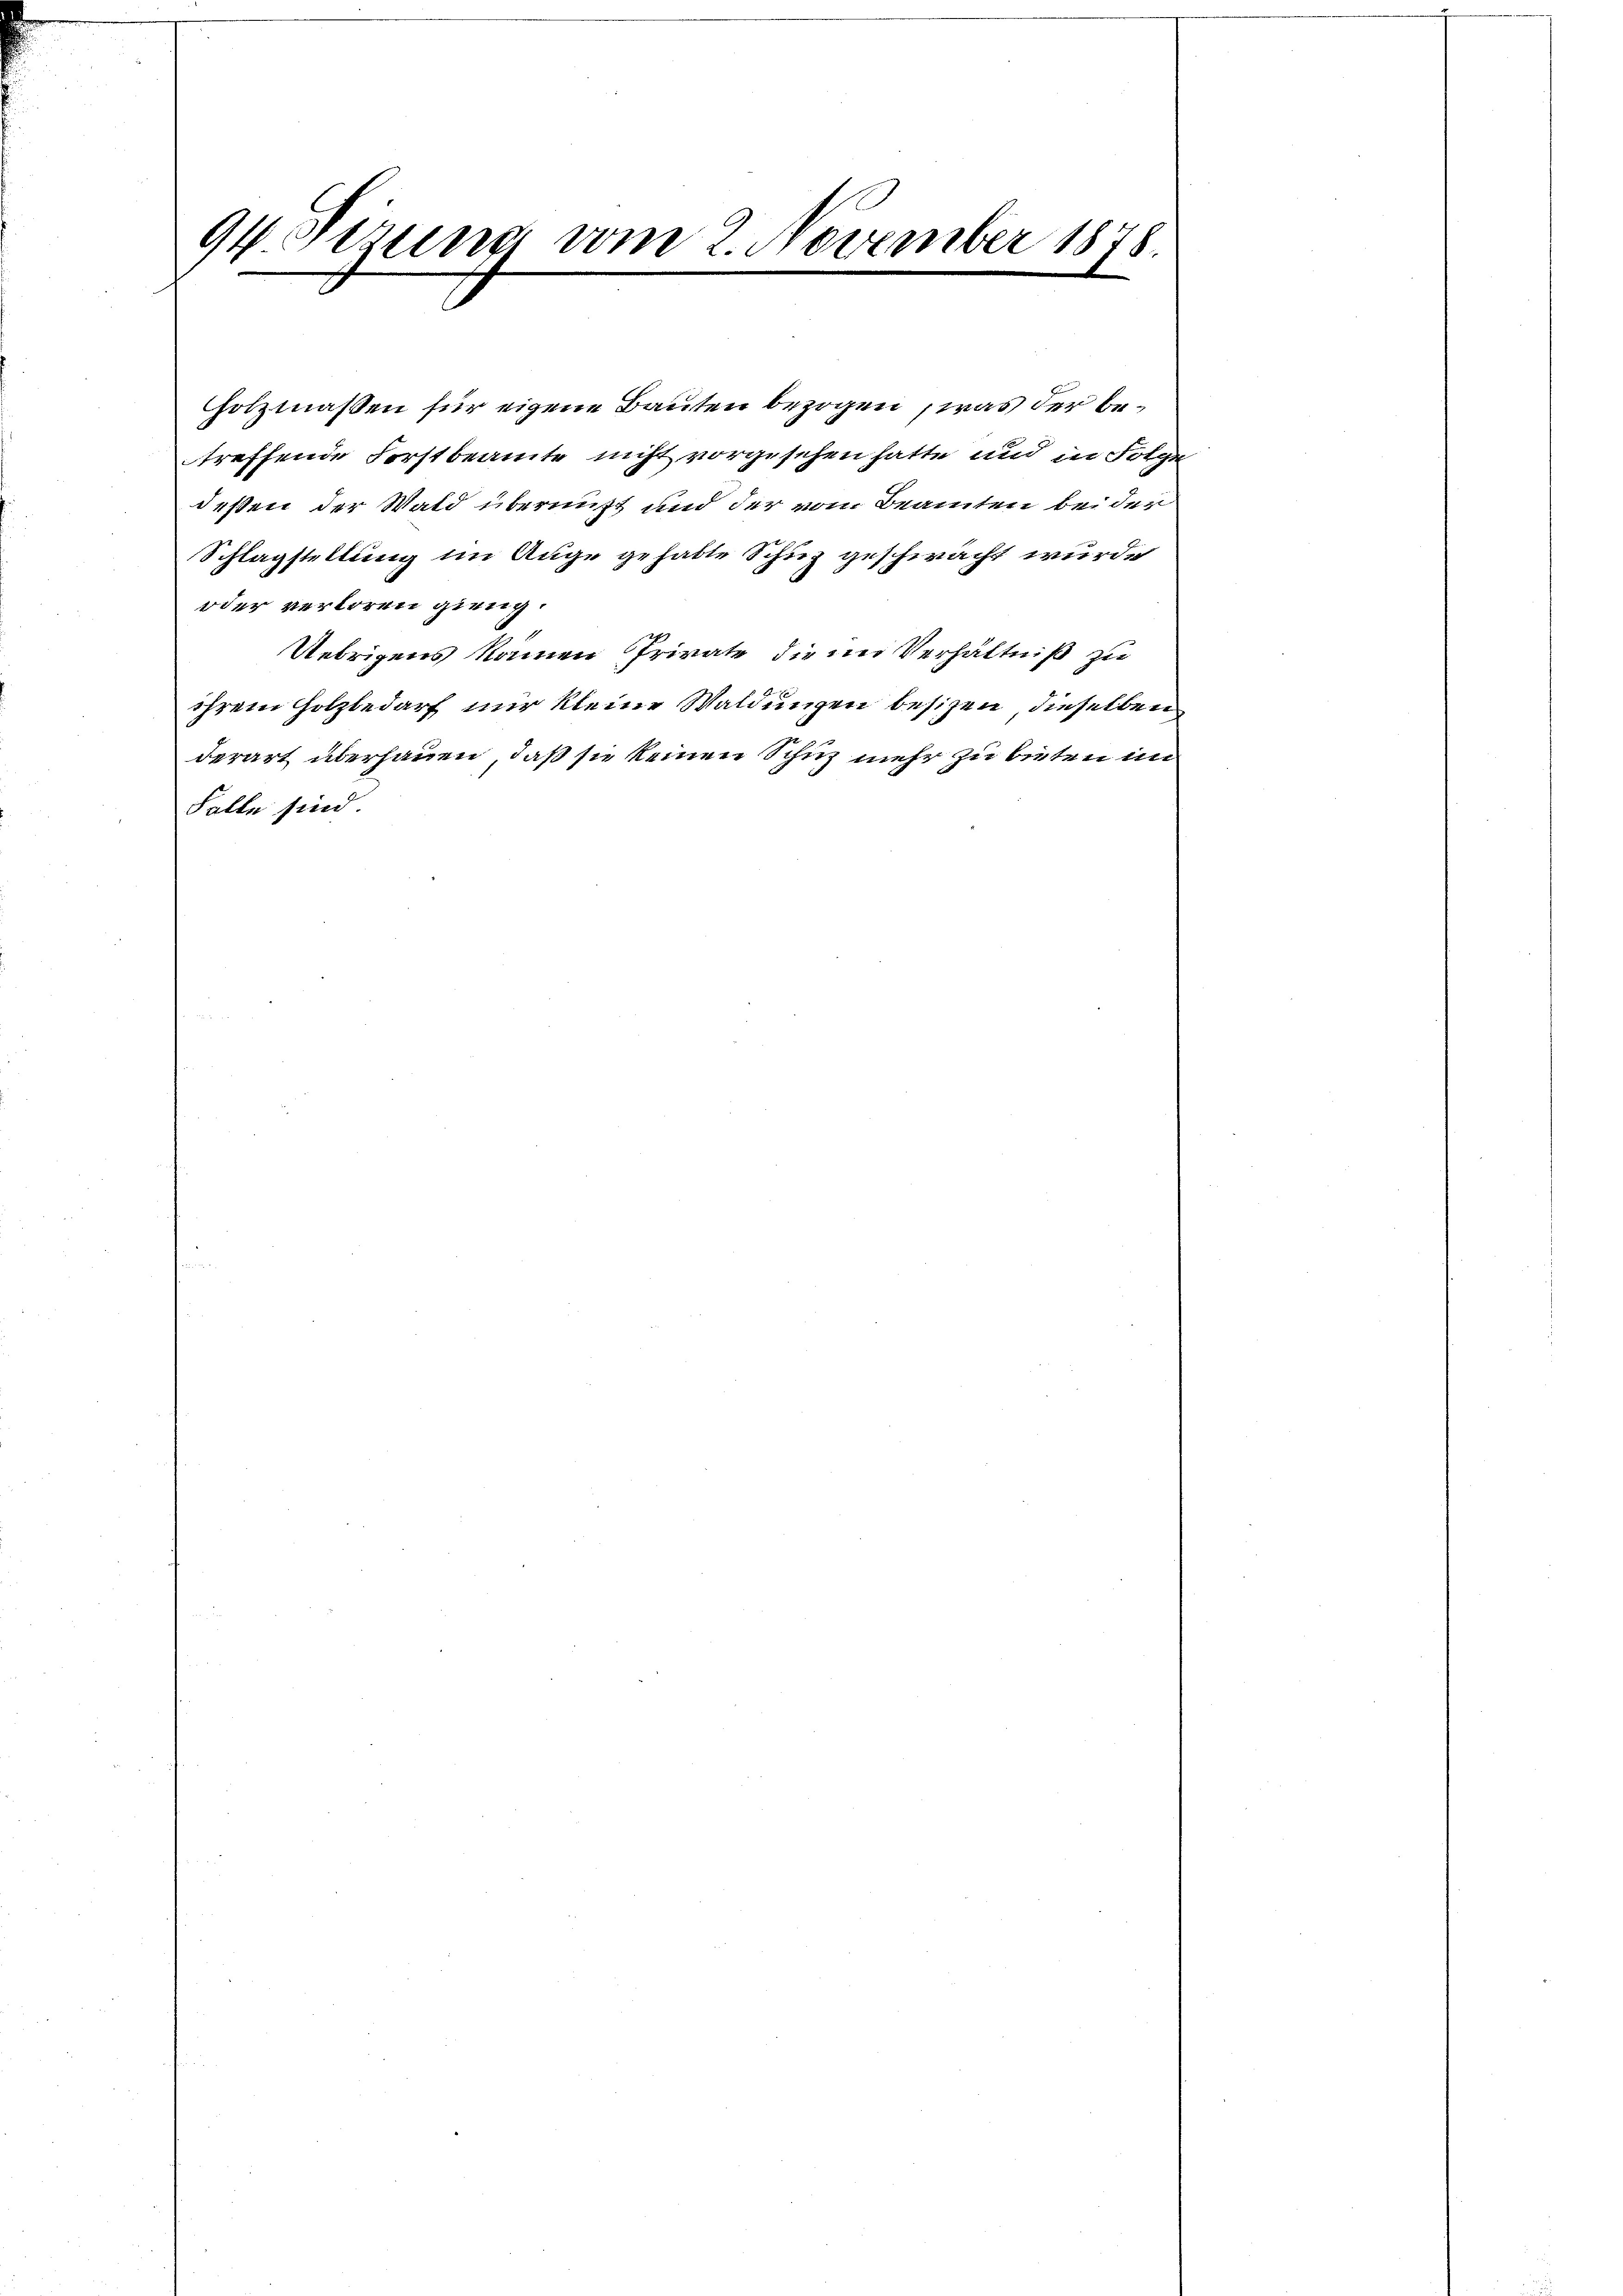
Goesung vom 2. November 1878.

holzmaßen für eigene Bauten bezogen, was der betreffende Forstbeamte nicht vorgesehen hatte und in Folge
deßen der Wald überniß und der vom Beamten bei der
Schlagstellung im Auge gehabte Schuz geschwacht wurde
oder verloren gieng.
Uebrigens kamen Private die im Verhältniß zu
ihrem Holzbedarf nur kleine Waldungen besizen, dieselben
derart überhauen, daß sie keinen Schuz mehr zu bieten im
Falte sind.